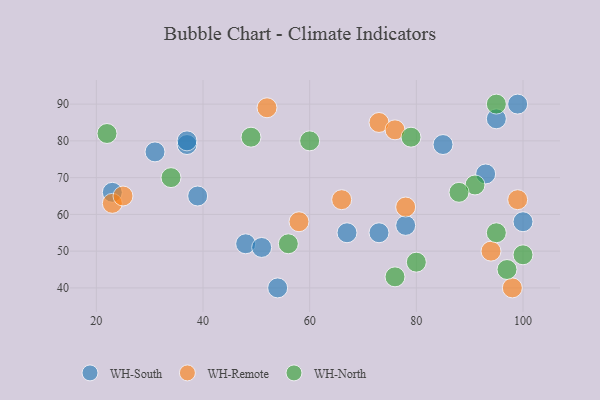
{"axis": {"x": "GDP", "y": "Life Expectancy"}, "legend": ["WH-North", "WH-Remote", "WH-South"], "data": [{"x": "48", "y": 52, "type": "WH-South"}, {"x": "37", "y": 79, "type": "WH-South"}, {"x": "54", "y": 40, "type": "WH-South"}, {"x": "99", "y": 90, "type": "WH-South"}, {"x": "95", "y": 86, "type": "WH-South"}, {"x": "85", "y": 79, "type": "WH-South"}, {"x": "37", "y": 80, "type": "WH-South"}, {"x": "78", "y": 57, "type": "WH-South"}, {"x": "31", "y": 77, "type": "WH-South"}, {"x": "73", "y": 55, "type": "WH-South"}, {"x": "51", "y": 51, "type": "WH-South"}, {"x": "67", "y": 55, "type": "WH-South"}, {"x": "100", "y": 58, "type": "WH-South"}, {"x": "23", "y": 66, "type": "WH-South"}, {"x": "39", "y": 65, "type": "WH-South"}, {"x": "93", "y": 71, "type": "WH-South"}, {"x": "73", "y": 85, "type": "WH-Remote"}, {"x": "78", "y": 62, "type": "WH-Remote"}, {"x": "58", "y": 58, "type": "WH-Remote"}, {"x": "76", "y": 83, "type": "WH-Remote"}, {"x": "98", "y": 40, "type": "WH-Remote"}, {"x": "66", "y": 64, "type": "WH-Remote"}, {"x": "23", "y": 63, "type": "WH-Remote"}, {"x": "94", "y": 50, "type": "WH-Remote"}, {"x": "25", "y": 65, "type": "WH-Remote"}, {"x": "99", "y": 64, "type": "WH-Remote"}, {"x": "52", "y": 89, "type": "WH-Remote"}, {"x": "34", "y": 70, "type": "WH-North"}, {"x": "22", "y": 82, "type": "WH-North"}, {"x": "56", "y": 52, "type": "WH-North"}, {"x": "79", "y": 81, "type": "WH-North"}, {"x": "100", "y": 49, "type": "WH-North"}, {"x": "97", "y": 45, "type": "WH-North"}, {"x": "95", "y": 55, "type": "WH-North"}, {"x": "91", "y": 68, "type": "WH-North"}, {"x": "95", "y": 90, "type": "WH-North"}, {"x": "76", "y": 43, "type": "WH-North"}, {"x": "49", "y": 81, "type": "WH-North"}, {"x": "88", "y": 66, "type": "WH-North"}, {"x": "80", "y": 47, "type": "WH-North"}, {"x": "60", "y": 80, "type": "WH-North"}]}